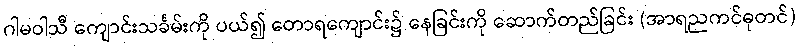
ဂါမဝါသီ ကျောင်းသင်္ခမ်းကို ပယ်၍ တောရကျောင်း၌ နေခြင်းကို ဆောက်တည်ခြင်း (အာရညကင်ဓုတင်)